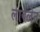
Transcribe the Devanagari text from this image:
लावलेत